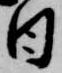
日